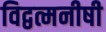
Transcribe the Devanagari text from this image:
विद्वत्मनीषी